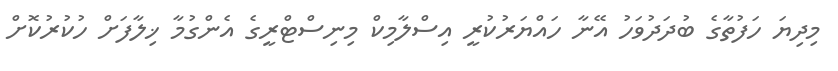
މިދިޔަ ހަފުތާގެ ބުދަދުވަހު އޭނާ ހައްޔަރުކުރީ އިސްލާމިކް މިނިސްޓްރީގެ އެންގުމާ ޚިލާފަށް ހުކުރުކޮށް